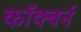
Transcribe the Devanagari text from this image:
कॉक्बर्न